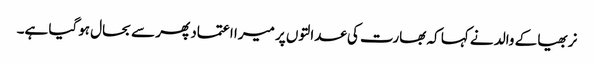
نربھیا کے والد نے کہا کہ بھارت کی عدالتوں پر میرا اعتماد پھر سے بحال ہوگیا ہے۔